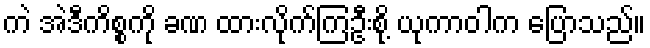
ကဲ အဲဒီကိစ္စကို ခဏ ထားလိုက်ကြဦးစို့ ယုကာဝါက ပြောသည်။